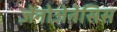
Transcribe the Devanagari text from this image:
ज़ेनोजेनेसिस